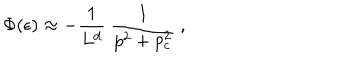
LaTeX: \Phi ( \epsilon ) \approx - { \frac { 1 } { L ^ { d } } } ~ { \frac { 1 } { p ^ { 2 } + p _ { c } ^ { 2 } } } ~ ,